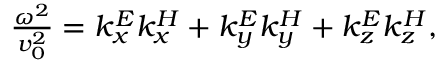
\begin{array} { r } { \frac { \omega ^ { 2 } } { v _ { 0 } ^ { 2 } } = k _ { x } ^ { E } k _ { x } ^ { H } + k _ { y } ^ { E } k _ { y } ^ { H } + k _ { z } ^ { E } k _ { z } ^ { H } , } \end{array}